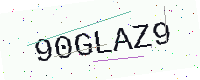
Text: 90GLAZ9